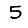
Digit: 5